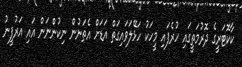
ކާކޮޓަރީގެ ދޮރުމަތީގައި ހުރެފައި މީހަކު ހަޅޭލަވައިގަތް އަޑަށް އެތަނުން ނިކުންނަން އައި އަރުފީނު